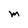
Character: M